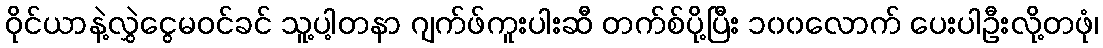
ဝိုင်ယာနဲ့လွှဲငွေမဝင်ခင် သူ့ပါ့တနာ ဂျက်ဖ်ကူးပါးဆီ တက်စ်ပို့ပြီး ၁၀၀လောက် ပေးပါဦးလို့တဖုံ၊